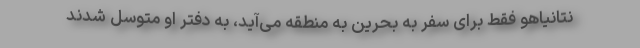
نتانیاهو فقط برای سفر به بحرین به منطقه می‌آید، به دفتر او متوسل شدند